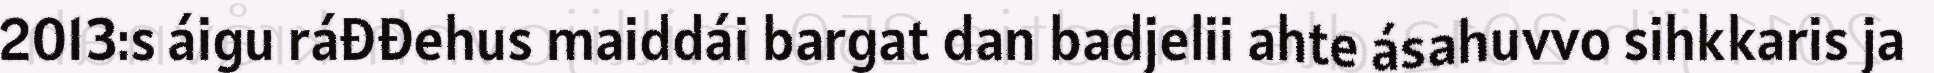
2013:s áigu ráđđehus maiddái bargat dan badjelii ahte ásahuvvo sihkkaris ja